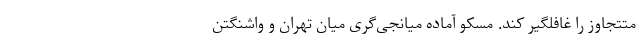
متتجاوز را غافلگیر کند. مسکو آماده میانجی‌گری میان تهران و واشنگتن